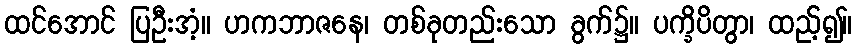
ထင်အောင် ပြဦးအံ့။ ဟကဘာဇနေ၊ တစ်ခုတည်းသော ခွက်၌။ ပက္ခိပိတွာ၊ ထည့်၍။